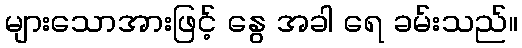
များသောအားဖြင့် နွေ အခါ ရေ ခမ်းသည်။